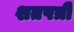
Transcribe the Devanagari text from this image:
शतपत्री